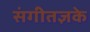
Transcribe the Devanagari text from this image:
संगीतज्ञके